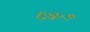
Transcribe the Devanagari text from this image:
८७५०